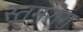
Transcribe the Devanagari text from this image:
स्तनरोग